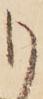
も